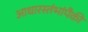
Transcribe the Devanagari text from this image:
आधारस्तंभांपैकी